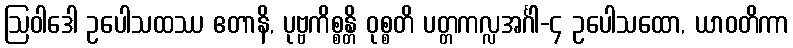
ဩဝါဒေါ ဥပေါသထဿ ဧတာနိ, ပုဗ္ဗကိစ္စန္တိ ဝုစ္စတိ ပတ္တကလ္လအင်္ဂါ-၄ ဥပေါသထော, ယာဝတိကာ